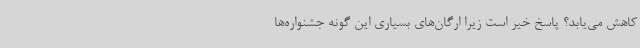
کاهش می‌یابد؟ پاسخ خیر است زیرا ارگان‌های بسیاری این گونه جشنواره‌ها